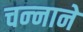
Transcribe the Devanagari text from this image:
चन्‍नाने